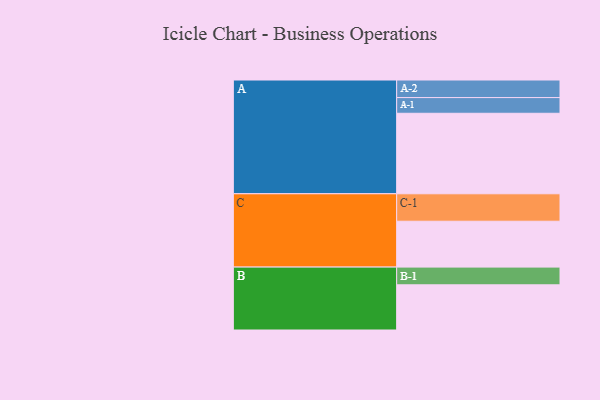
{"axis": {"x": "Segment", "y": "Value"}, "legend": ["", "A", "B", "C"], "data": [{"x": "A", "y": 595, "type": ""}, {"x": "B", "y": 334, "type": ""}, {"x": "C", "y": 339, "type": ""}, {"x": "A-1", "y": 116, "type": "A"}, {"x": "A-2", "y": 130, "type": "A"}, {"x": "B-1", "y": 131, "type": "B"}, {"x": "C-1", "y": 203, "type": "C"}]}